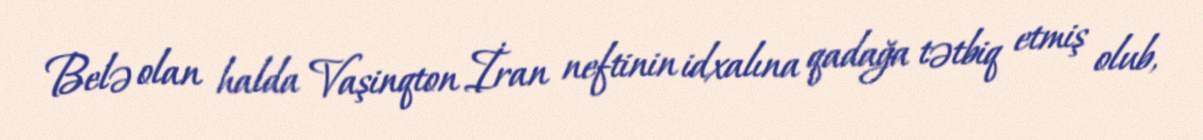
Belə olan halda Vaşinqton İran neftinin idxalına qadağa tətbiq etmiş olub,